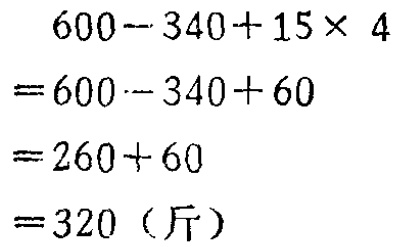
\[
\begin{align*}
&600 - 340 + 15\times4\\
=&600 - 340 + 60\\
=&260 + 60\\
=&320 \text{（斤）}
\end{align*}
\]